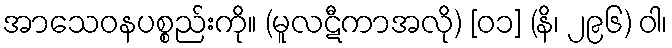
အာသေဝနပစ္စည်းကို။ (မူလဋီကာအလို) [၀၁] (နိ၊ ၂၉၆) ဝါ၊